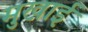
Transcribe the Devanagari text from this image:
मुखाई